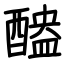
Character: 醠